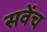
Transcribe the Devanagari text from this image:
सवेंच